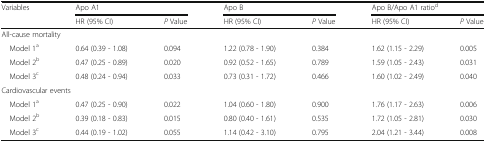
<table><thead><tr><td rowspan="2"><b>Variables</b></td><td colspan="2"><b>Apo A1</b></td><td colspan="2"><b>Apo B</b></td><td colspan="2"><b>Apo B/Apo A1 ratio<sup>d</sup></b></td></tr><tr><td><b>HR (95% CI)</b></td><td><b><i>P</i> Value</b></td><td><b>HR (95% CI)</b></td><td><b><i>P</i> Value</b></td><td><b>HR (95% CI)</b></td><td><b><i>P</i> Value</b></td></tr></thead><tbody><tr><td colspan="7">All-cause mortality</td></tr><tr><td> Model 1<sup>a</sup></td><td>0.64 (0.39 - 1.08)</td><td>0.094</td><td>1.22 (0.78 - 1.90)</td><td>0.384</td><td>1.62 (1.15 - 2.29)</td><td>0.005</td></tr><tr><td> Model 2<sup>b</sup></td><td>0.47 (0.25 - 0.89)</td><td>0.020</td><td>0.92 (0.52 - 1.65)</td><td>0.789</td><td>1.59 (1.05 - 2.43)</td><td>0.031</td></tr><tr><td> Model 3<sup>c</sup></td><td>0.48 (0.24 - 0.94)</td><td>0.033</td><td>0.73 (0.31 - 1.72)</td><td>0.466</td><td>1.60 (1.02 - 2.49)</td><td>0.040</td></tr><tr><td colspan="7">Cardiovascular events</td></tr><tr><td> Model 1<sup>a</sup></td><td>0.47 (0.25 - 0.90)</td><td>0.022</td><td>1.04 (0.60 - 1.80)</td><td>0.900</td><td>1.76 (1.17 - 2.63)</td><td>0.006</td></tr><tr><td> Model 2<sup>b</sup></td><td>0.39 (0.18 - 0.83)</td><td>0.015</td><td>0.80 (0.40 - 1.61)</td><td>0.535</td><td>1.72 (1.05 - 2.81)</td><td>0.030</td></tr><tr><td> Model 3<sup>c</sup></td><td>0.44 (0.19 - 1.02)</td><td>0.055</td><td>1.14 (0.42 - 3.10)</td><td>0.795</td><td>2.04 (1.21 - 3.44)</td><td>0.008</td></tr></tbody></table>